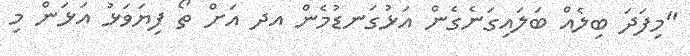
"މިފަދަ ބިލެއް ބަލައިގަނެގެން އަަޅުގަނޑުމެން އދ އަށް ތޯ ފިޔަވަޅު އަޅަން މި